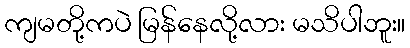
ကျမတို့ကပဲ မြန်နေလို့လား မသိပါဘူး။